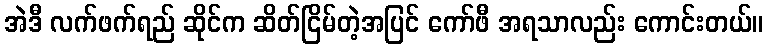
အဲဒီ လက်ဖက်ရည် ဆိုင်က ဆိတ်ငြိမ်တဲ့အပြင် ကော်ဖီ အရသာလည်း ကောင်းတယ်။